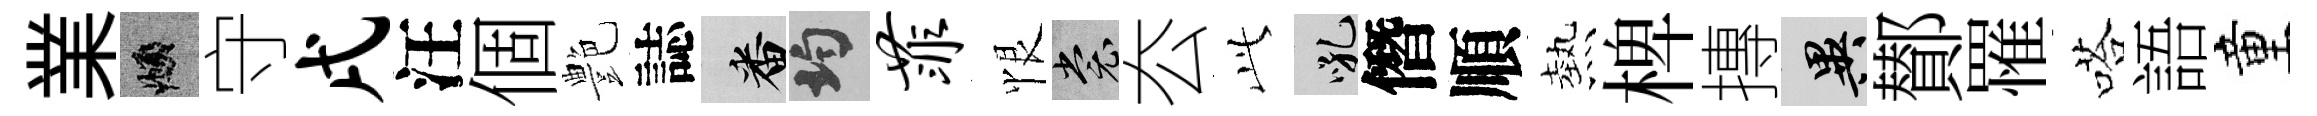
業頫守戌汪個艶誌番均菲恨裳厺𬼘吼僭順熱椑摶异鄼罹嗒語童